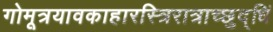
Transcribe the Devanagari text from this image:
गोमूत्रयावकाहारस्त्रिरात्राच्छुद्धिं